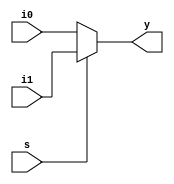
module mux2x1(i0,i1,s,y);
input i0,i1;
input s;
output y;
//assign y= (~s&i[0])|(s&i[1]);
assign y= s?i1:i0;


endmodule